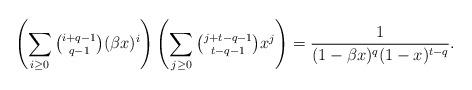
LaTeX: \begin{align*}\left( \sum_{i \geq 0} \tbinom{i+q-1}{q-1} (\beta x)^i \right) \left( \sum_{j \geq 0}\tbinom{j+t-q-1}{t-q-1} x^j \right)=\frac{1}{(1-\beta x)^q(1-x)^{t-q}}.\end{align*}